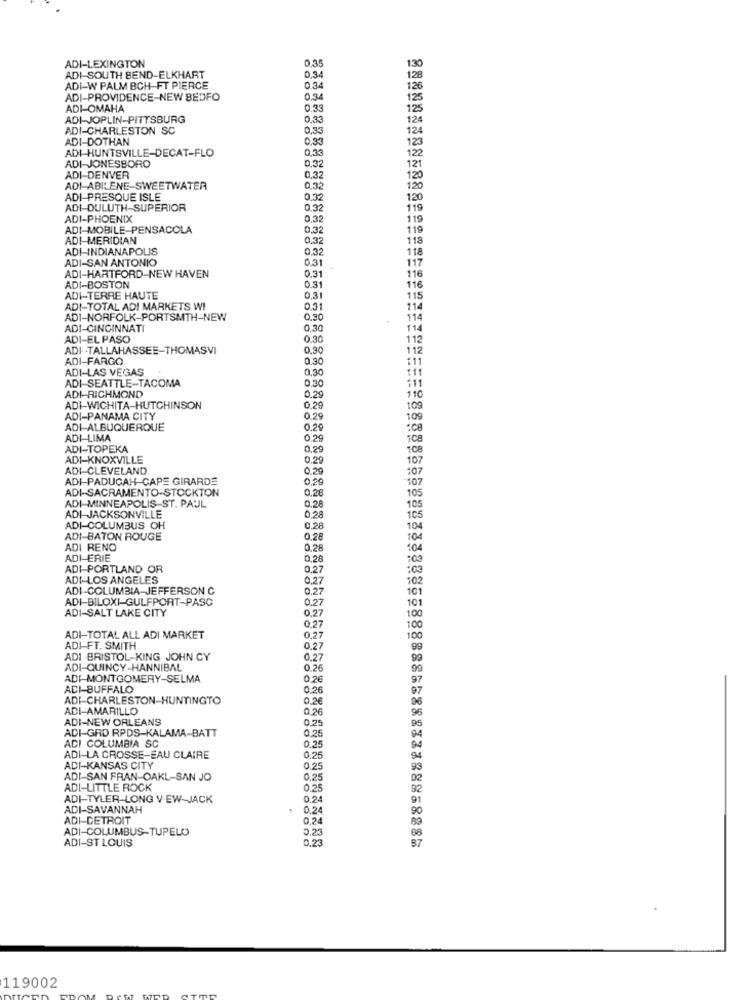
ADI-LEXINGTON
0,35
ADI-SOUTH BEND-ELKHART
0,34
ADI-W PALM BCH-FT PIERCE
0.34
ADI-PROVIDENCE-NEW BEDFO
0.34
ADI-OMAHA
0.33
ADI-JOPLIN-PITTSBURG
0.33
124
ADI-CHARLESTON SC
0,33
124
ADI-DOTHAN
0,33
123
ADI-HUNTSVILLE-DECAT-FLO
0,33
ADI-JONESBORO
0.3
122
121
ADI-DENVER
0,32
120
ADI-ABILENE-SWEETWATER
0,32
120
ADI PRESQUE ISLE
0.32
120
ADI-DULUTH-SUPERIOR
0.32
119
ADI-PHOENIX
0,32
119
ADI-MOBILE-PENSACOLA
0.32
119
ADI-MERIDIAN
0.32
118
ADI-INDIANAPOLIS
0,32
118
ADI-SAN ANTONIO
031
117
0.31
116
ADI-HARTFORD-NEW HAVEN
ADI-BOSTON
0.31
116
ADI-TERRE HAUTE
0.31
115
ADI-TOTAL ADI MARKETS WI
0.31
114
ADI-NORFOLK-PORTSMTH-NEW
0.30
114
ADI-CINCINNATI
0.30
114
ADI-EL PASO
0.30
112
ADI- - TALLAHASSEE-THOMASVI
0.30
112
ADI-FARGO
0.30
ADI-LAS VEGAS
0.30
0.30
111
ADI-RICHMOND
ADI SEATTLE-TACOMA
0.29
110
ADI-WICHITA-HUTCHINSON
0.29
109
ADI-PANAMA CITY
0.29
109
ADI-ALBUQUERQUE
0.29
ADI LIMA
0.20
ADI-TOPEKA
0,29
708
ADI-KNOXVILLE
0.29
107
ADI-CLEVELAND
0.29
107
ADI-PADUCAH CAPE GIRARDE
0,29
107
ADI-SACRAMENTO-STOCKTON
0.28
105
ADI-MINNEAPOLIS ST. PAUL
0.28
105
ADI-JACKSONVILLE
0,28
105
ADI-COLUMBUS OH
0.28
104
ADI-BATON ROUGE
0.28
104
ADI RENO
0,28
:04
ADI-ERIE
0,28
:00
ADI-PORTLAND OR
0.27
:03
ADI-LOS ANGELES
0.27
102
ADI-COLUMBIA-JEFFERSON C
0,27
101
ADI-BILOXI-GULFPORT-PASC
0.27
101
ADI-SALT LAKE CITY
0.27
100
0.27
100
ADI-TOTAL ALL ADI MARKET
0.27
100
ADI-FT. SMITH
0,27
99
ADI BRISTOL-KING JOHN CY
0.27
ADI-QUINCY-HANNIBAL
0.26
99
ADI MONTGOMERY-SELMA
0.26
97
ADI-BUFFALO
0.26
97
ADI-CHARLESTON-HUNTINGTO
0.26
96
ADI-AMARILLO
0.26
ADI-NEW ORLEANS
0.25
0.25
95
ADI-GRD RPDS-KALAMA-BATT
ADI COLUMBIA SC
0,25
ADI-LA CROSSE-EAU CLAIRE
0.25
ADI-KANSAS CITY
0,25
93
ADI-SAN FRAN-OAKL-SAN JO
0,25
ADI-LITTLE ROCK
0,25
ADI-TYLER-LONG VIEW-JACK
0.24
91
ADI-SAVANNAH
.
0,24
ADI-DETROIT
0,24
ADI-COLUMBUS-TUPELO
0.23
ADI-ST LOUIS
0,23
119002